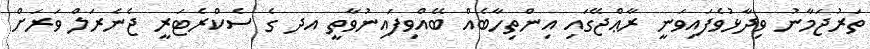
ތަރުޖަމާނު ވިދާޅުވެފައިވަނީ ރާޢްޖޭގައި އިންތިހާބެއް ބޭއްވިފައިނުވާތީ އދ ގެ ސެކްރެޓަރީ ޖެނެރަލް ވަރަށް